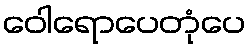
ဝေါရောပေတုံပေ